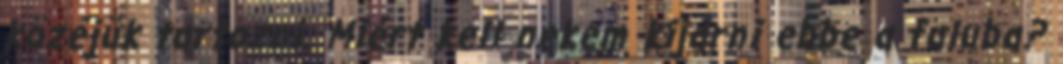
közéjük tartozni. Miért kell nekem kijárni ebbe a faluba?